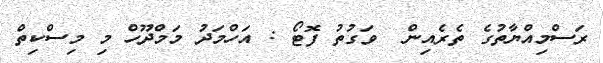
ރަސްމިއްޔާތުގެ ތެރެއިން  ވަގުތު ފޮޓޯ : އަހްމަދު މަމްދޫހް މި މިސްކިތް